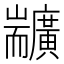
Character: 𦓣